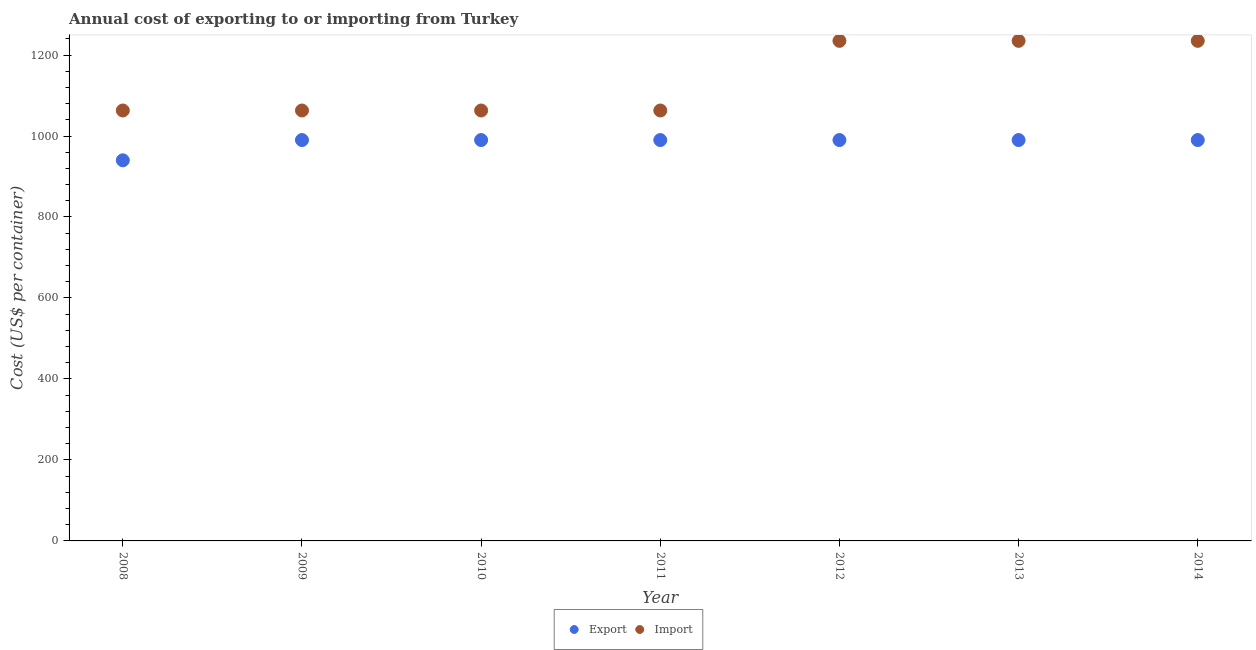
| Year | Export | Import |
 | --- | --- | --- |
 | 2008 | 940 | 1.06e+03 |
 | 2009 | 990 | 1.06e+03 |
 | 2010 | 990 | 1.06e+03 |
 | 2011 | 990 | 1.06e+03 |
 | 2012 | 990 | 1.24e+03 |
 | 2013 | 990 | 1.24e+03 |
 | 2014 | 990 | 1.24e+03 |